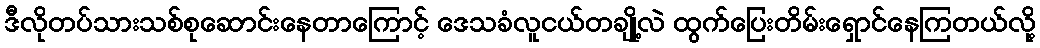
ဒီလိုတပ်သားသစ်စုဆောင်းနေတာကြောင့် ဒေသခံလူငယ်တချို့လဲ ထွက်ပြေးတိမ်းရှောင်နေကြတယ်လို့